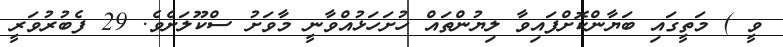
ވީ ) މަތީގައި ބަޔާންކޮށްފައިވާ ލިޔުންތައް ހުށަހަޅުއްވާނީ މާވަށު ސްކޫލަށެވެ. 29 ފެބުރުވަރީ